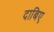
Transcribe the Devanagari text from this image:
दाबिए